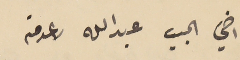
اخي الجبيب عبدالله لا عدمته